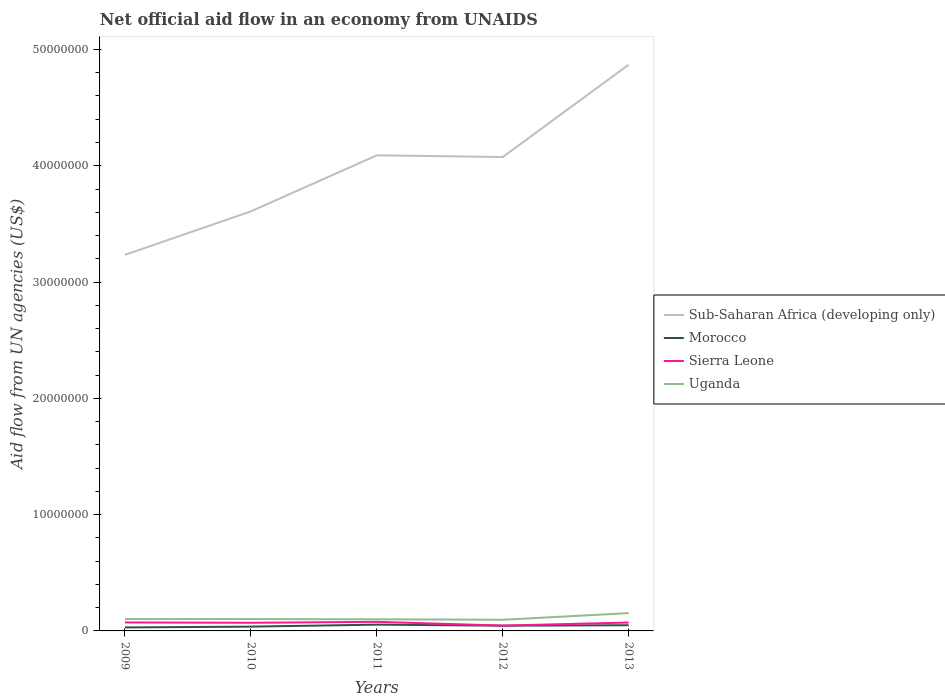
| Years | Sub-Saharan Africa (developing only) | Morocco | Sierra Leone | Uganda |
 | --- | --- | --- | --- | --- |
 | 2009 | 3.23e+07 | 3e+05 | 7.3e+05 | 1.02e+06 |
 | 2010 | 3.61e+07 | 3.7e+05 | 7e+05 | 1.02e+06 |
 | 2011 | 4.09e+07 | 5.4e+05 | 7.8e+05 | 1e+06 |
 | 2012 | 4.08e+07 | 4.5e+05 | 4.6e+05 | 9.6e+05 |
 | 2013 | 4.87e+07 | 4.9e+05 | 7.2e+05 | 1.53e+06 |